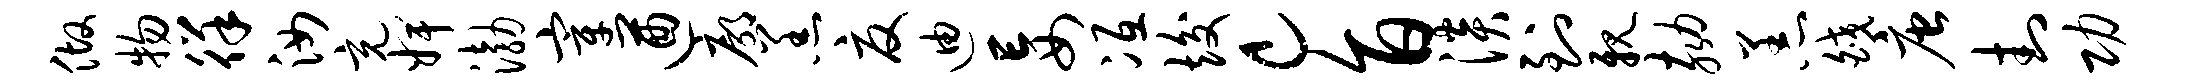
做物徉汝充婢渤宰遒廓羔夏迪妄冱竣c旨淡到亲劾恙皎唐封功